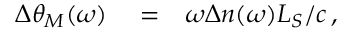
\begin{array} { r l r } { \Delta \theta _ { M } ( \omega ) } & { { } = } & { \omega \Delta n ( \omega ) L _ { S } / c \, , } \end{array}